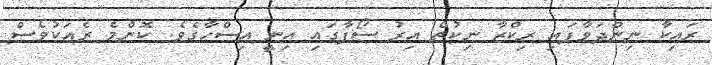
ރައިކާ ނިންދަވާފައި ރިކްޒާ ނިކުތް އިރު ސޯފާގައި އިނީ އިސްހާގެވެ. ކޮންމެ ރެއަކުވެސް